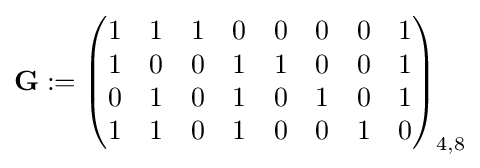
\mathbf {G} :={\begin{pmatrix}1&1&1&0&0&0&0&1\\1&0&0&1&1&0&0&1\\0&1&0&1&0&1&0&1\\1&1&0&1&0&0&1&0\end{pmatrix}}_{4,8}